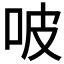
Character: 𠱀